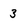
Character: 3